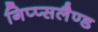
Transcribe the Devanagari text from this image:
गिप्प्सलैण्ड